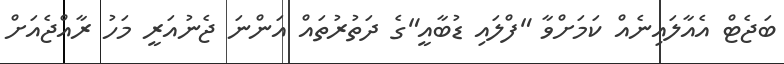
ބަޖެޓް އެއާލައިނެއް ކަމަށްވާ "ފްލައި ޑުބާއީ"ގެ ދަތުރުތައް އަންނަ ޖެނުއަރީ މަހު ރާއްޖެއަށް